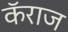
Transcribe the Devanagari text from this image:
कॅराज